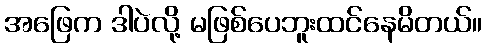
အဖြေက ဒါပဲလို့ မဖြစ်ပေဘူးထင်နေမိတယ်။